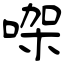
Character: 㗎